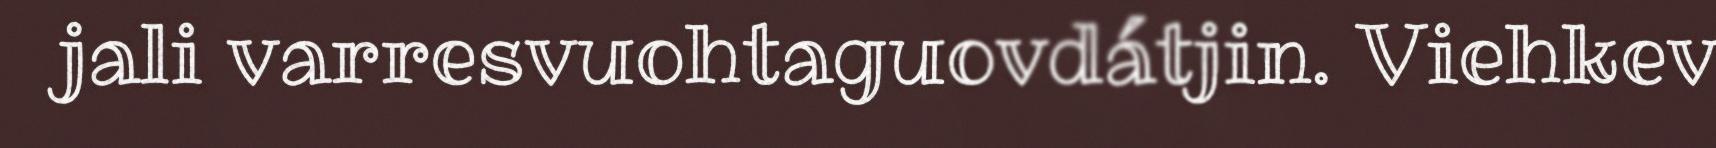
jali varresvuohtaguovdátjin. Viehkev